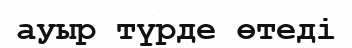
ауыр түрде өтеді